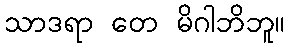
သာဒရာ တေ မိဂါဘိဘူ။